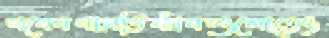
গবেষণাপ্রতিষ্ঠানগুলোতেও